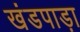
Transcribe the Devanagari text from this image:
खंडपाड़ा